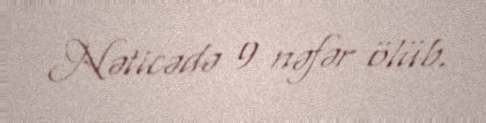
Nəticədə 9 nəfər ölüb.